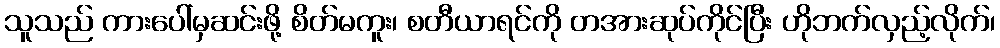
သူသည် ကားပေါ်မှဆင်းဖို့ စိတ်မကူး၊ စတီယာရင်ကို တအားဆုပ်ကိုင်ပြီး ဟိုဘက်လှည့်လိုက်၊